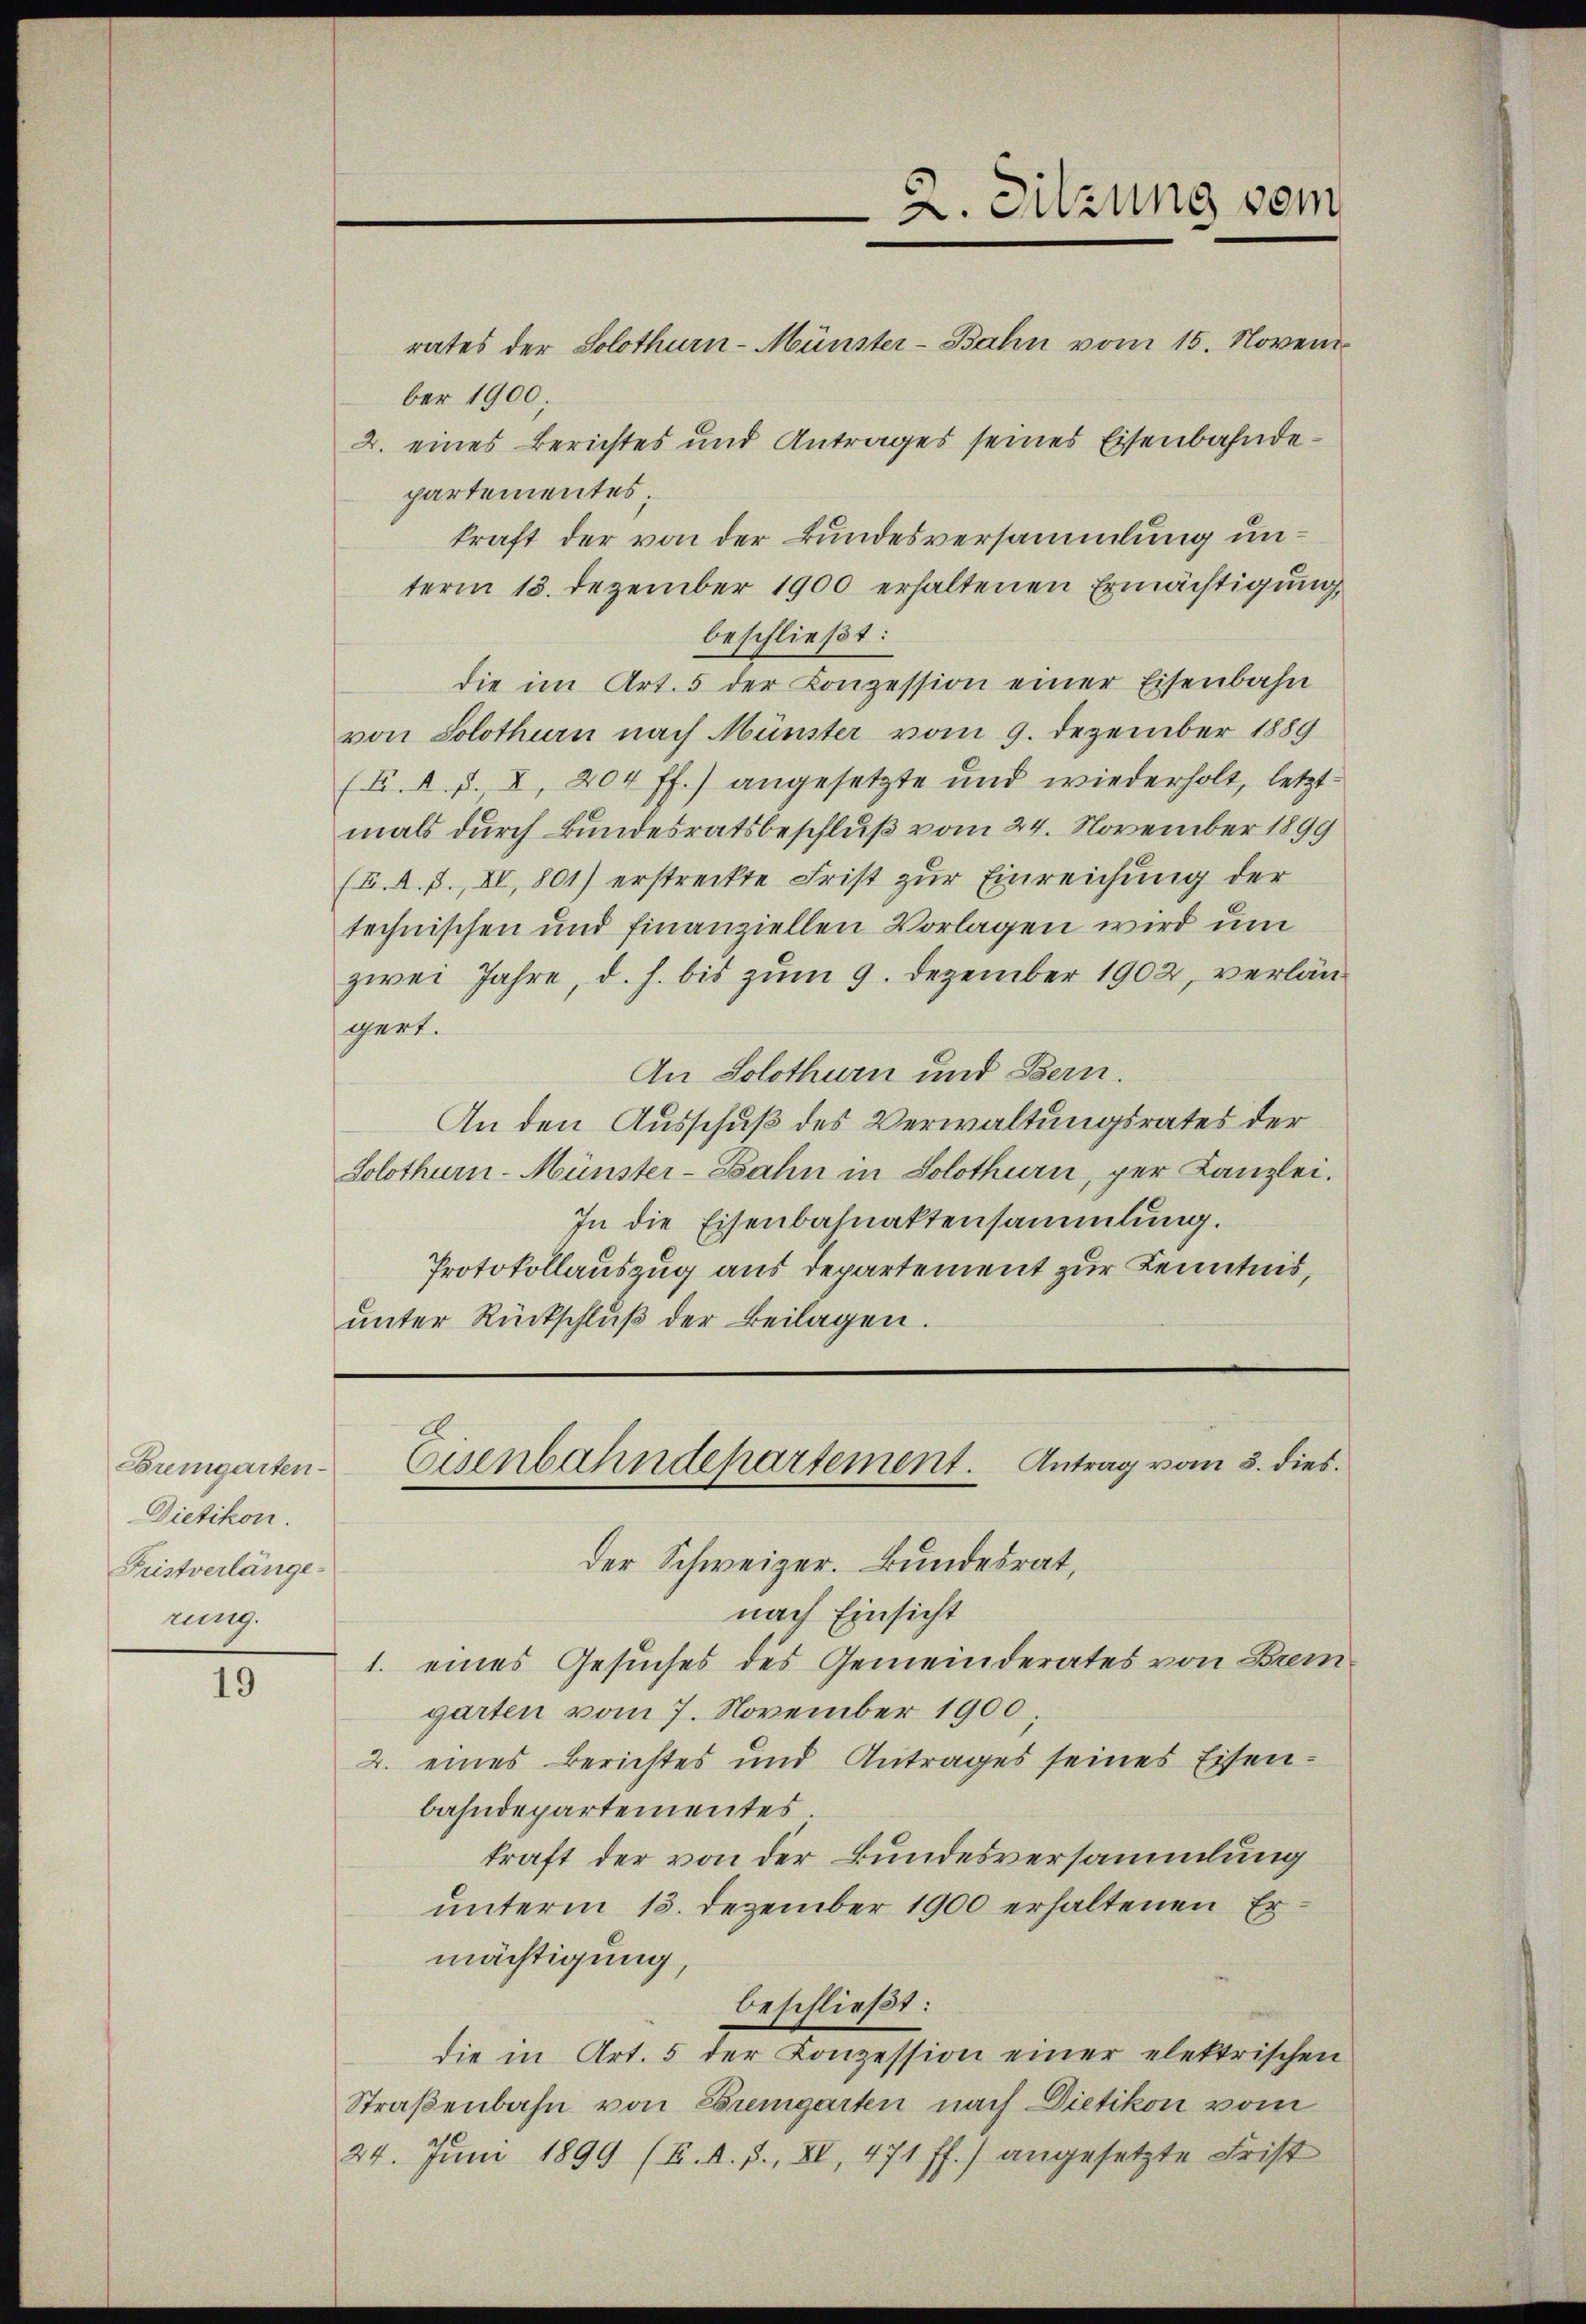
Bremgarten.
Dietikon.
Fristverlänge
rung.

19

2. Sitzung sein

rates der Solothurn-Münster-Bahn vom 15. November 1900.
2. eines Berichtes und Antrages seines Eisenbahndepartementes
kraft der von der Bundesversammlung unterm 13. Dezember 1900 erhaltenen Ermächtigŭng
beschließt:
die im Art. 5 der Conzession einer Eisenbahn
von Solothurn nach Münster vom 9. Dezember 1889
(E. d. d. 8, 204 ff.) angesetzte und wiederholt, letzt
mals durch Bundesratsbeschluß vom 24. November 1899
(E. A. B., II, 801) erstreckte Frist zur Einreichung der
technischen und finanziellen Vorlagen wird um
zwei Jahre, d. h. bis zum 9. Dezember 1902, verlängert.
An Solothurn und Bern.
An den Ausschuß des Verwaltungsrates der
Solothurn-Münster-Bahn in Solothurn, per Kanzlei.
In die Eisenbahnaktensammlung.
Protokollauszug aus departement zur Kenntnis,
ŭnter Rückschlŭβ der Beilagen.

der Schweizer. Bundesrat,
nach Einsicht
1. eines Gesuches des Gemeinderates von Bremgarten vom 7. November 1900,
2. eines Berichtes und Antrages seines Eisenbahndepartementes
kraft der von der Bundesversammlung
unterm 13. Dezember 1900 erhaltenen Ermächtigung,
beschließt:
die in Art. 5 der Konzession einer elektrischen
Straßenbahn von Bremgarten nach Dietikon vom
24. Juni 1899 (B. d. J., XI, 471 ff.) angesetzte Frist

Eisenbahndepartement. Antrag vom 3. dies